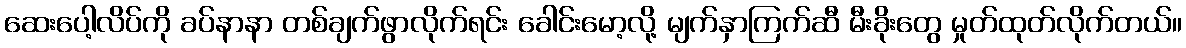
ဆေးပေါ့လိပ်ကို ခပ်နာနာ တစ်ချက်ဖွာလိုက်ရင်း ခေါင်းမော့လို့ မျက်နှာကြက်ဆီ မီးခိုးတွေ မှုတ်ထုတ်လိုက်တယ်။